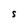
Character: S